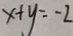
x + y = - 2